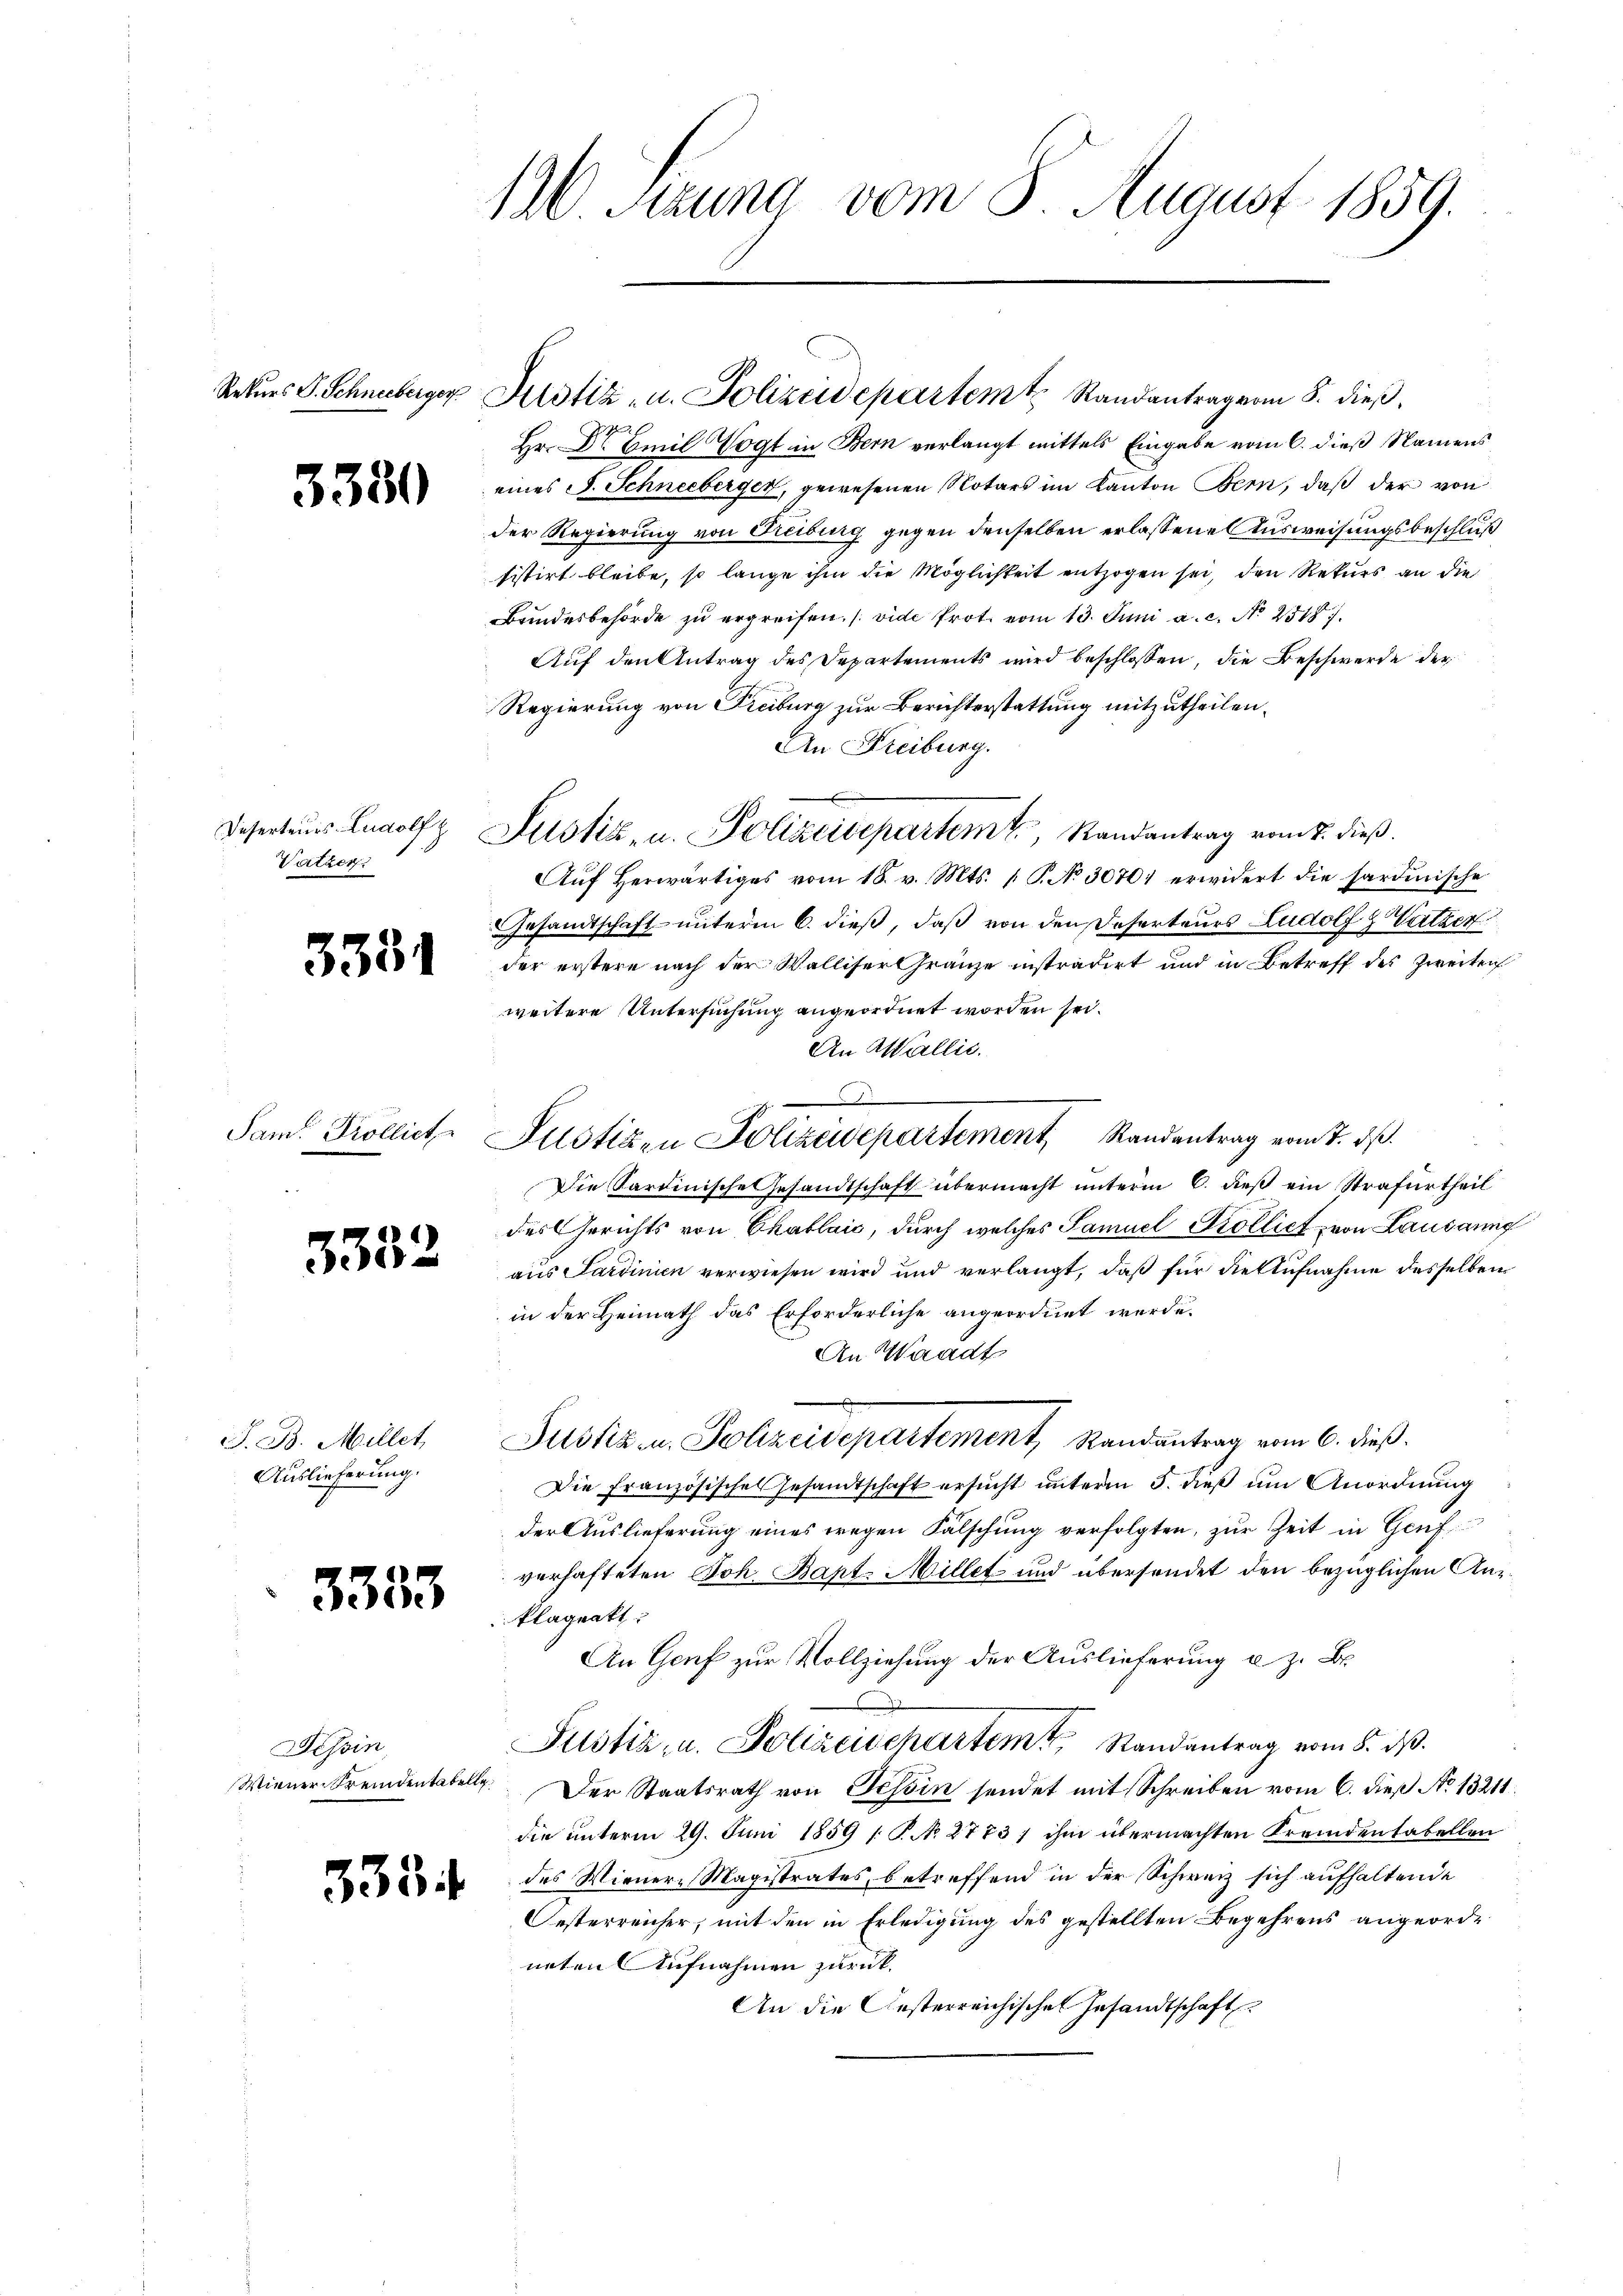
Rekurs P. Schneeberger

3330

Deserteurs Ludolf z
Vatzer

3381

Sam: Kröllich

3332

J. B. Millet,
Auslieferung.

3333

Tessin,

126 Stzung vom 3. August 1859.

f
Hr. Dr Emil Vogt in Bern verlangt mittels Eingabe vom 6. dieß Namens
eines J. Schneeberger, gewesenen Notars im Kanton Bern, daß der von
der Regierung von Freiburg gegen denselben erlassene Ausweisungsbeschluß
sistirt bleibe, so lange ihm die Möglichkeit entzogen sei, den Rekurs an die
Bundesbehörde zu ergreifen. (vide Prot. vom 13. Juni a. c. N. 2518.
Auf den Antrag des Departements wird beschlossen, die Beschwerde der
Regierung von Freiburg zur Berichterstattung mitzutheilen.
An Freiburg.
Aŭf herwärtiges vom 18. v. Mts. 1. P. No 30701 erwidert die sardinische
Gesandtschaft unterm 6. dieß, daß von den Deserteurs Ludolf & Verther
der erstere nach der Walliser Gränze instradirt und in Betreff des Zweiten
weitere Untersuchung angeordnet worden sei.
An Wallić.
Die Sardinische Gesandtschaft übermacht unterm 6. dieß ein Strafurtheil
des Gerichts von Chablaić, durch welches Samuel Kollich von Lausaung
aus Sardinien verwiesen wird und verlangt, daß für die Aufnahme desselben
in der Heimath das Erforderliche angeordnet werde.
An Waadt
Justiz- u. Polizeidepartement, Randantrag vom 6. dieß.
Die Französisches Gesandtschaft ersŭcht ŭnterm 5. dieβ ŭm Anordnŭng
der Auslieferung eines wegen Fälschung verfolgten, zur Zeit in Genf
verhafteten Joh. Bant. Millet und übersendet den bezüglichen Anklageatt
An Genf zur Vollziehung der Auslieferung u. z. B.
Justiz- u. Polizeischartem Randantrag vom 8. ds.
Wiener Fremdentabelle. Der Staatsrath von Tessin sendet mit Schreiben vom 6. dieß No 13211
die unterm 29. Juni 1859 [ P. N. 2773/ ihm übermachten Fremdensabellen
2 des Wienere Magistrates betreffend in der Schweiz sich aufhaltende
Oesterreicher, mit den in Erledigung des gestellten Begehrens angeorde
neten Aufnahmen zurück¬
An die Gesterreichischen Gesandtschaft

Justiz- u. Polizeidepartemt Randantrag von 8. dieß

Justiz, u. Polizeisepartemt, Randantrag vom 7. dieß.

Justizen Polizeidepartement, Randantrag vom 7. ds.